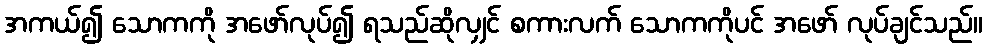
အကယ်၍ သောကကို အဖော်လုပ်၍ ရသည်ဆိုလျှင် စကားလက် သောကကိုပင် အဖော် လုပ်ချင်သည်။